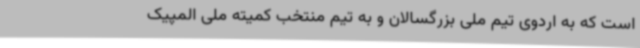
است که به اردوی تیم ملی بزرگسالان و به تیم منتخب کمیته ملی المپیک